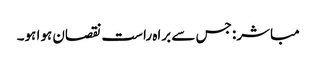
مباشر: جس سے براہ راست نقصان ہوا ہو۔